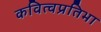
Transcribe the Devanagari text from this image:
कवित्वप्रतिभा